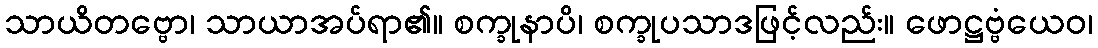
သာယိတဗ္ဗော၊ သာယာအပ်ရာ၏။ စက္ခုနာပိ၊ စက္ခုပသာဒဖြင့်လည်း။ ဖောဋ္ဌဗ္ဗံယေဝ၊